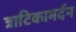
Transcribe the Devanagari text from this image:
त्राटिकामर्दन